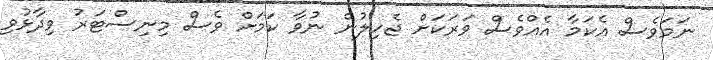
ނަމަވެސް އެކަމާ އެއްވެސް ވަރަކަށް ޖެހިލުން ނުވާ ކަމަށް ވެސް މިނިސްޓަރު ވިދާޅުވި